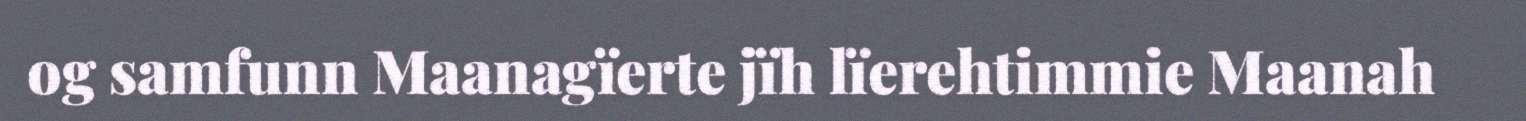
og samfunn Maanagïerte jïh lïerehtimmie Maanah